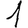
Digit: 1